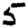
Digit: 5